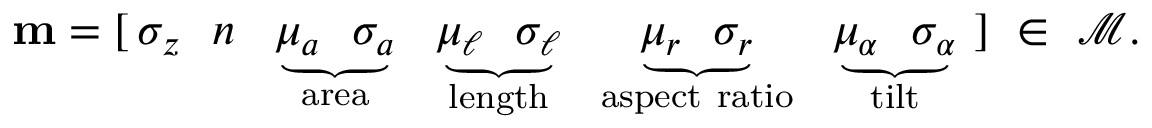
\mathbf { m } = [ \, \sigma _ { z } \ \ n \ \ \underbrace { \mu _ { a } \ \ \sigma _ { a } } _ { \mathrm { a r e a } } \ \ \underbrace { \mu _ { \ell } \ \ \sigma _ { \ell } } _ { \mathrm { l e n g t h } } \ \ \underbrace { \mu _ { r } \ \ \sigma _ { r } } _ { \mathrm { a s p e c t ~ r a t i o } } \ \ \underbrace { \mu _ { \alpha } \ \ \sigma _ { \alpha } } _ { \mathrm { t i l t } } \ ] \ \in \ \mathcal { M } .